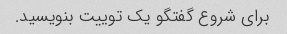
برای شروع گفتگو یک توییت بنویسید.